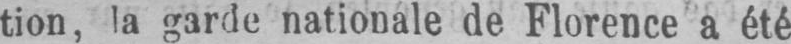
tion, la garde nationale de Florence a été